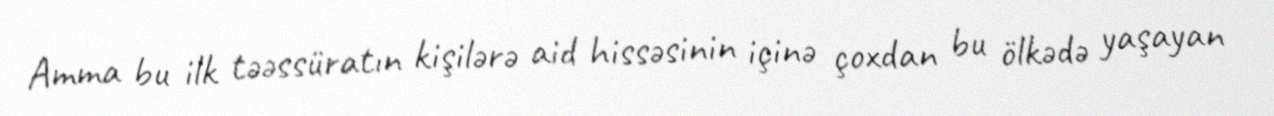
Amma bu ilk təəssüratın kişilərə aid hissəsinin içinə çoxdan bu ölkədə yaşayan